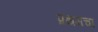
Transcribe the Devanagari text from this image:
प्रथमचा